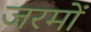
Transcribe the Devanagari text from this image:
जरमों